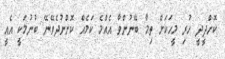
ކޮށްދީދީ ހުރި މީހަކަށް ތިމާ ބޭނުންވާ އެއްމެ ކަމެއް ކޮށްނުދެވޭނޭ ބުނުމަކީ އެއީ